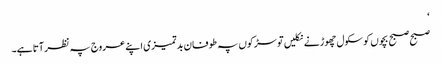
‘
صبح صبح بچوں کو سکول چھوڑنے نکلیں تو سڑکوں پہ طوفان بدتمیزی اپنے عروج پہ نظر آتا ہے۔